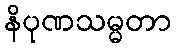
နိပုဏသမ္မတာ